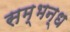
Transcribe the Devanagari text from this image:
सम्भन्ध